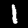
Label: 1